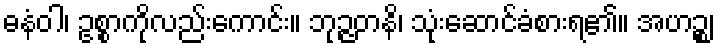
ဓနံဝါ၊ ဥစ္စာကိုလည်းကောင်း။ ဘုဉ္ဇတနိ၊ သုံးဆောင်ခံစားရ၏။ အဟဉ္စ၊